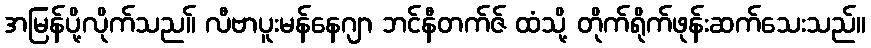
အမြန်ပို့လိုက်သည။် လီဗာပူးမန်နေဂျာ ဘင်နီတက်ဇ် ထံသို့ တိုက်ရိုက်ဖုန်းဆက်သေးသည်။